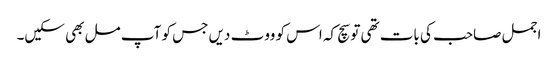
اجمل صاحب کی بات تھی تو سچ کہ اس کو ووٹ دیں جس کو آپ مل بھی سکیں۔